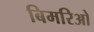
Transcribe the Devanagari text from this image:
बिमरिओ